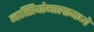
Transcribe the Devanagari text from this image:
नात्सियोनालामध्ये